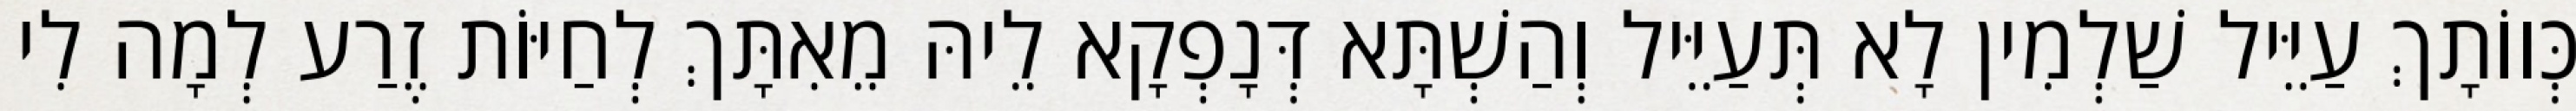
כְּווֹתָךְ עַיֵּיל שַׁלְמִין לָא תְּעַיֵּיל וְהַשְׁתָּא דְּנָפְקָא לֵיהּ מֵאִתָּךְ לְחַיּוֹת זֶרַע לְמָה לִי